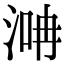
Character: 𣶞